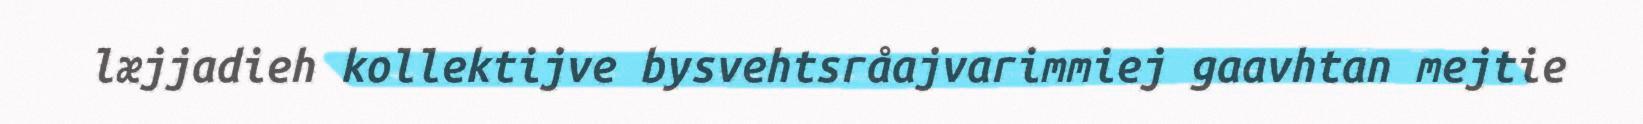
læjjadieh kollektijve bysvehtsråajvarimmiej gaavhtan mejtie